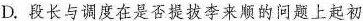
D.段长与调度在是否提拔李来顺的问题上起初